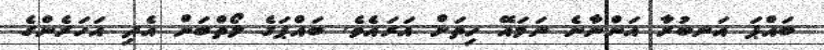
ބައްޕަ އަނބުރާ އަންނާނެ ނަމައޭ ހިތަށް އަރައެވެ. ބައްޕަގެ ލޯތްބަށް އެދި އަހަރެންގެ